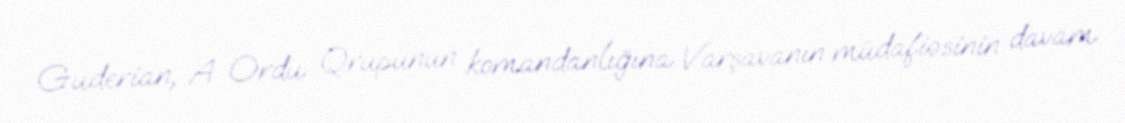
Guderian, A Ordu Qrupunun komandanlığına Varşavanın müdafiəsinin davam